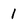
Character: 1